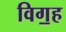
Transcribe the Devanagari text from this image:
विग॒ह